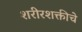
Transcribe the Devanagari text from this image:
शरीरशक्तीचे